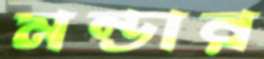
মন্ডার